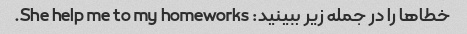
خطاها را در جمله زیر ببینید: She help me to my homeworks.